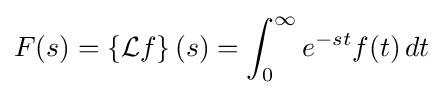
F(s)=\left\{{\mathcal {L}}f\right\}(s)=\int _{0}^{\infty }e^{-st}f(t)\,dt